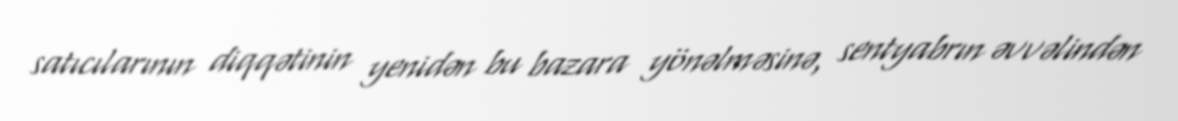
satıcılarının diqqətinin yenidən bu bazara yönəlməsinə, sentyabrın əvvəlindən